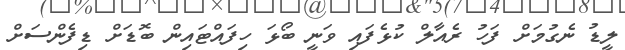
ލީޑު ނެގުމަށް ފަހު ރެއާލް ކުޅެފައި ވަނީ ބޯޅަ ހިފައްޓައިން ބޮޑަށް ޑިފެންސަށް